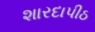
શારદાપીઠ